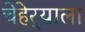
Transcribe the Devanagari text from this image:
चेहेर्‍याला